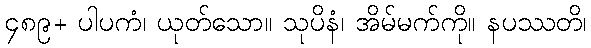
၄၈၉+ ပါပကံ၊ ယုတ်သော။ သုပိနံ၊ အိမ်မက်ကို။ နပဿတိ၊